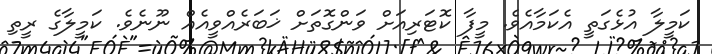
ކަމީލާ އުޅެގަތީ އެކަމާއެވެ. މީފާ ކޮޓަރިއަށް ވަންގޮތަށް ޚަބަރެއްވީއެއް ނޫނެވެ. ކަމީލާގެ ރީތި